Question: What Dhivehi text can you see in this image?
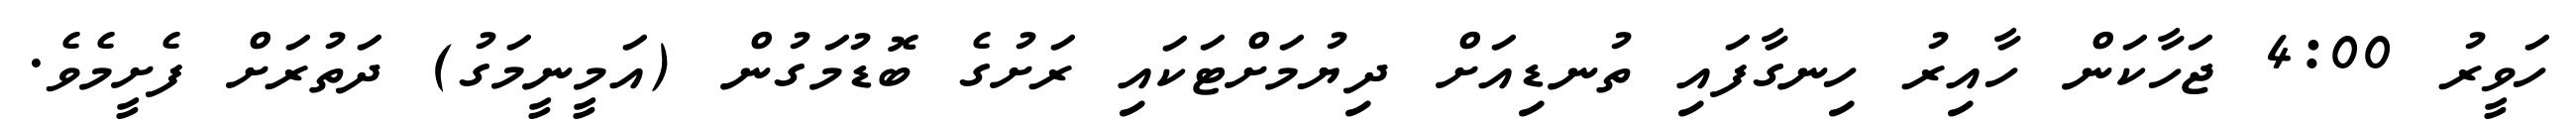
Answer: ހަވީރު 4:00 ޖަހާކަން ހާއިރު ހިނގާފައި ތުނޑިއަށް ދިޔުމަށްޓަކައި ރަށުގެ ބޮޑުމަގުން (އަމީނީމަގު) ދަތުރަށް ފެށީމެވެ.